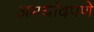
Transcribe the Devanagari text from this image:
अमर्यादपणे